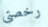
رخصتي